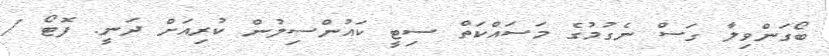
ބޯގަންވިލާ ގަސް ނެގުމުގެ މަސައްކަތް ސިޓީ ކައުންސިލުން ކުރިއަށް ދަނީ. ފޮޓޯ /